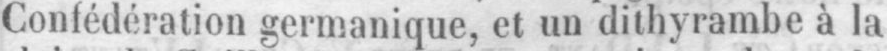
Confédération germanique, et un dithyrambe à la